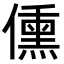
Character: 𬿿